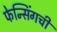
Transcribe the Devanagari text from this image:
फेन्सिंगची